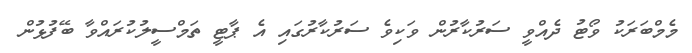
މެމްބަރަކު ވޯޓު ދެއްވީ ސަރުކާރުން ވަކިވެ ސަރުކާރުގައި އެ ޕާޓީ ތަމްސީލުކުރައްވާ ބޭފުޅުން